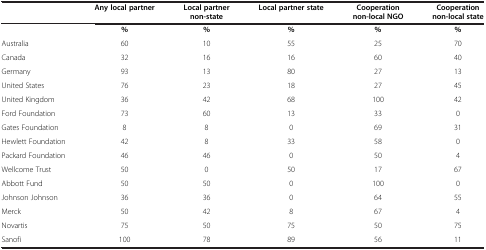
|  | Any local partner | Local partner non-state | Local partner state | Cooperation non-local NGO | Cooperation non-local state |
 | --- | --- | --- | --- | --- | --- |
 |  | % | % | % | % | % |
 | Australia | 60 | 10 | 55 | 25 | 70 |
 | Canada | 32 | 16 | 16 | 60 | 40 |
 | Germany | 93 | 13 | 80 | 27 | 13 |
 | United States | 76 | 23 | 18 | 27 | 45 |
 | United Kingdom | 36 | 42 | 68 | 100 | 42 |
 | Ford Foundation | 73 | 60 | 13 | 33 | 0 |
 | Gates Foundation | 8 | 8 | 0 | 69 | 31 |
 | Hewlett Foundation | 42 | 8 | 33 | 58 | 0 |
 | Packard Foundation | 46 | 46 | 0 | 50 | 4 |
 | Wellcome Trust | 50 | 0 | 50 | 17 | 67 |
 | Abbott Fund | 50 | 50 | 0 | 100 | 0 |
 | Johnson Johnson | 36 | 36 | 0 | 64 | 55 |
 | Merck | 50 | 42 | 8 | 67 | 4 |
 | Novartis | 75 | 50 | 75 | 50 | 75 |
 | Sanofi | 100 | 78 | 89 | 56 | 11 |